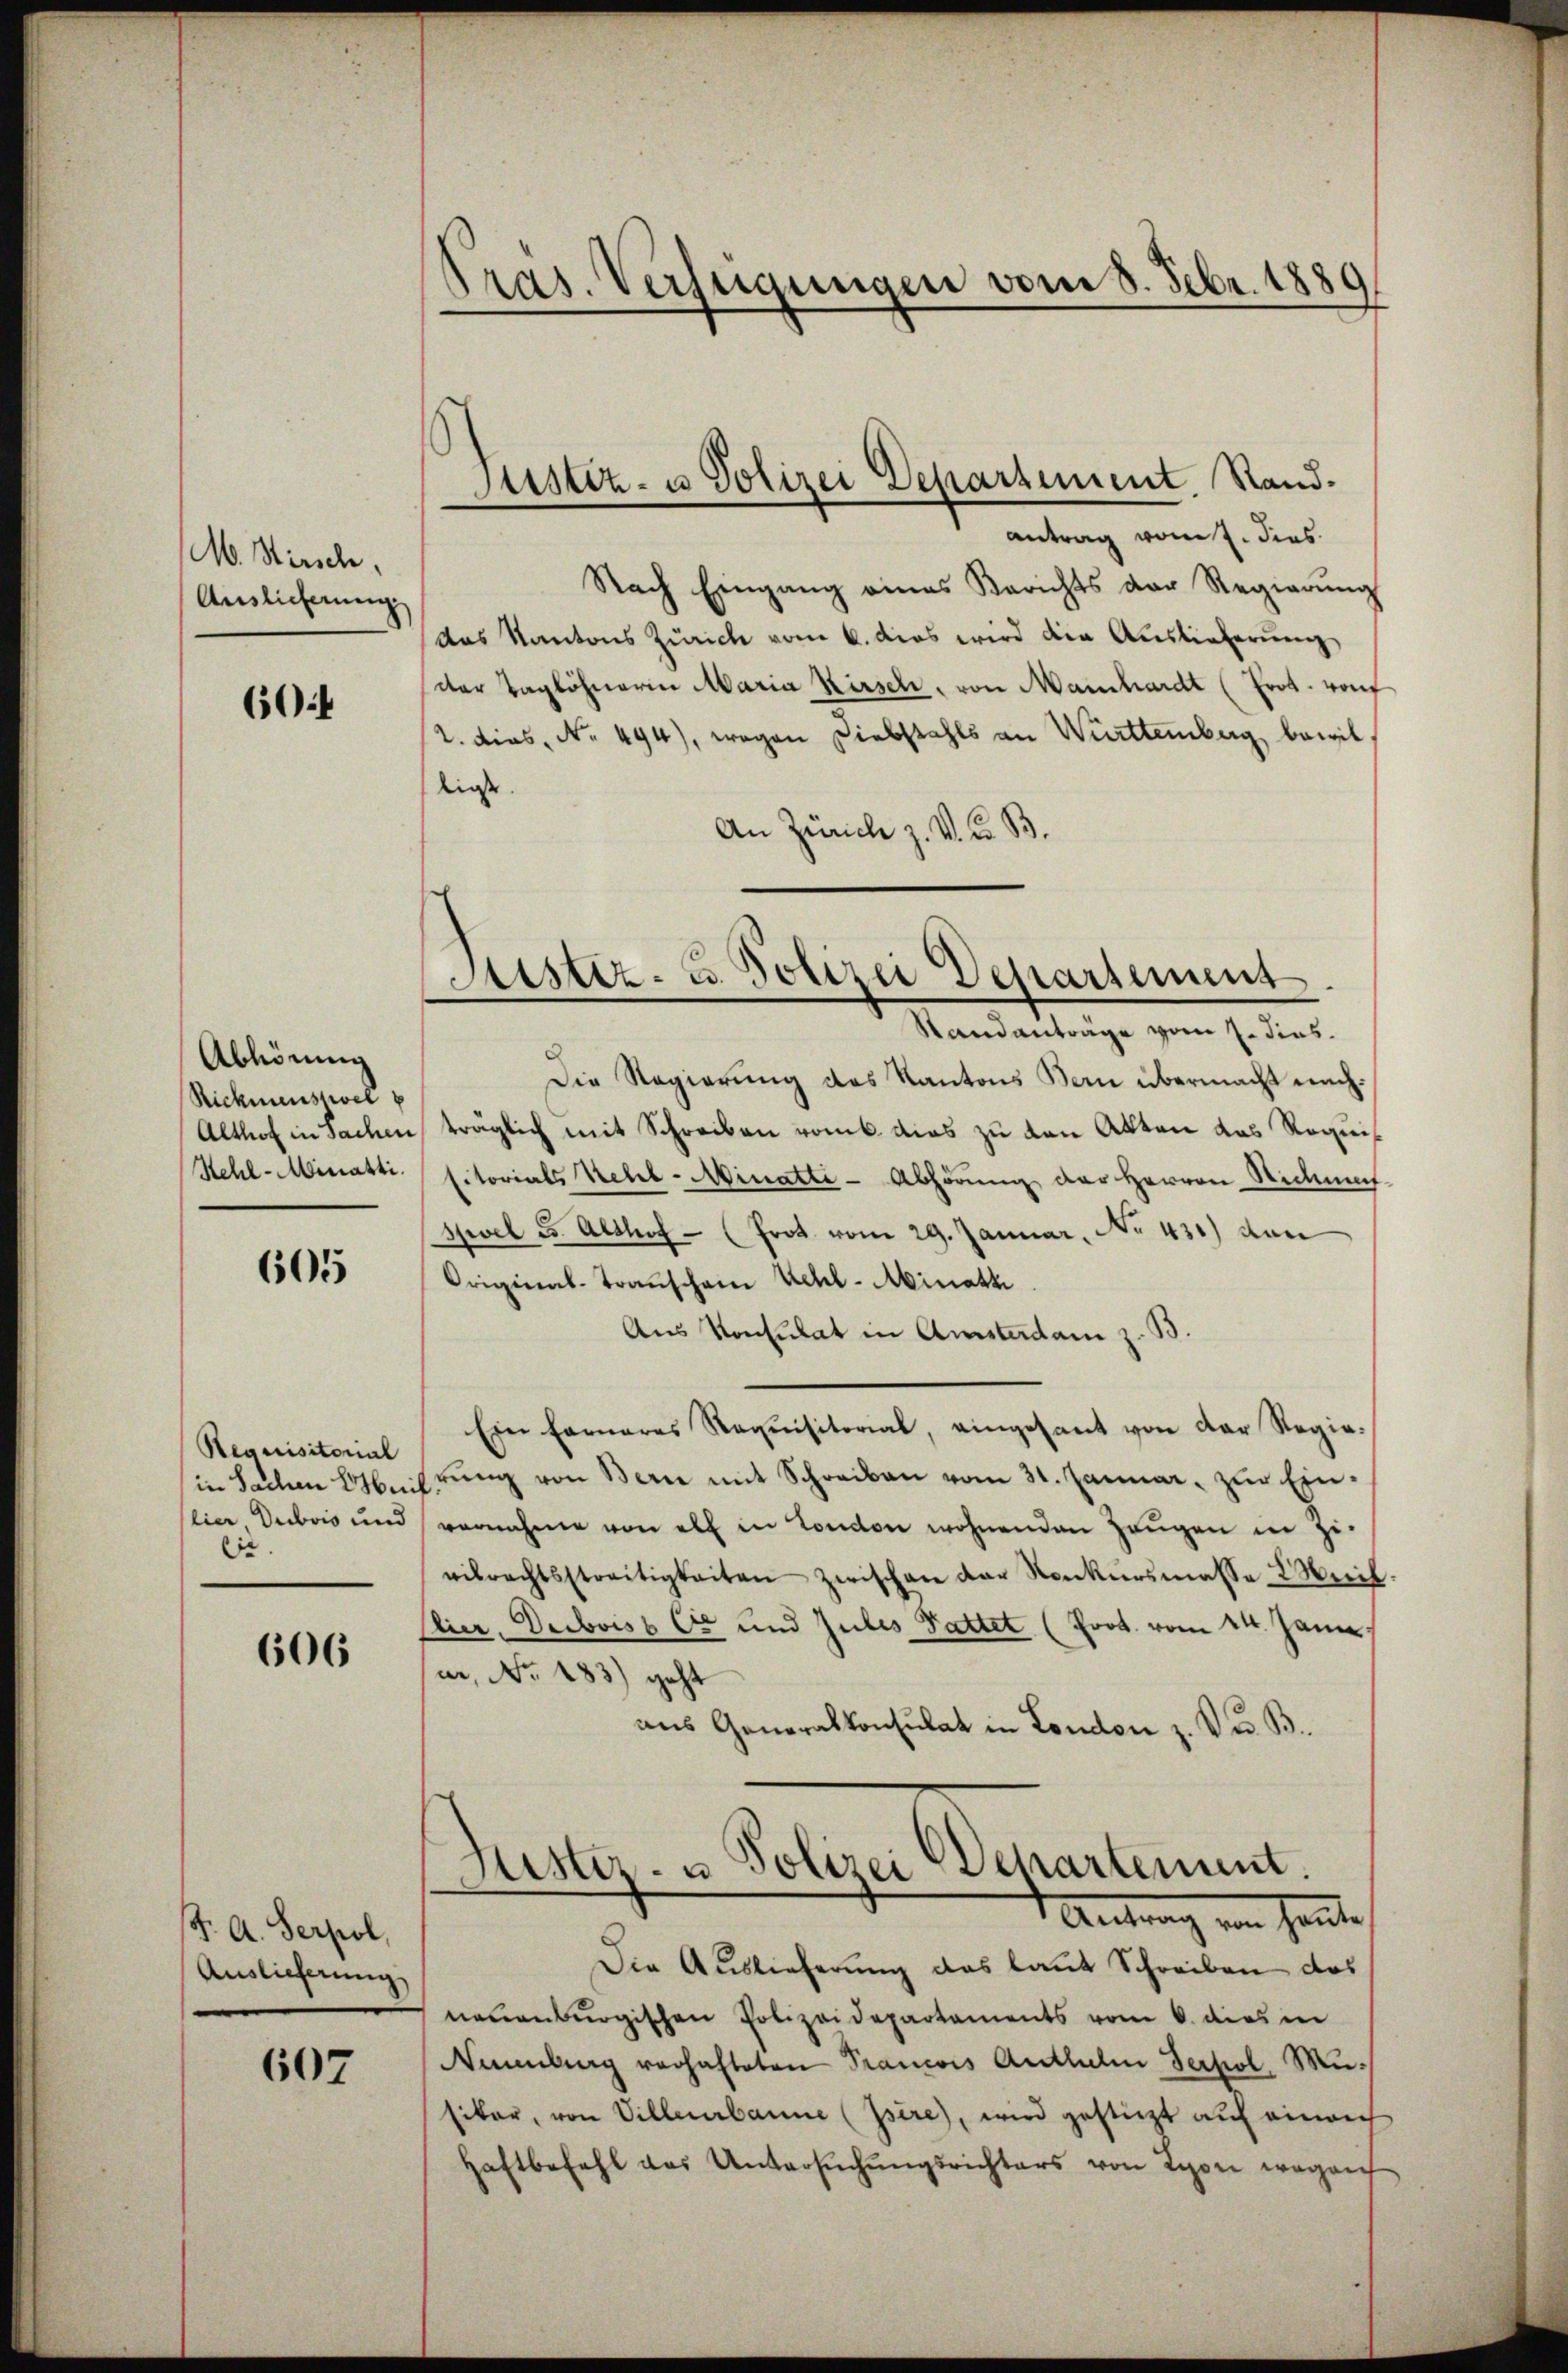
M. Hirsch
Auslieferung

60

Abhörung
Rickmannszwel p
Kehl-Miniatti.

605

Requisitorial
in Sachen Her
lier, Dubois und
62.

606

K. A. Serpol
Auslieferung

607

Gras. Verfügungen vom 8. Febr. 1889

Justiz- u Polizei Departement. Stand¬

antrag vom 7. dies
Nach Eingang eines Berichts der Regierŭng
das Kantons Zürich vom 6. das wird der Auslieferŭng
dter Taglöhnerin Maria Kirsch, von Mainhardt (Erot. von
2. dies, No. 494), wegen Diebstahls an Württemberg bewilliess.
An Zürich z. V. u. B.
Standanträge vom 7. dies
Die Regierung des Kantons Bern übermacht nach¬
Althof in Sachen, träglich mit Schreiben romb. dies zu den Akten das Requis
sitorials Nebel - Minatti-Abhörung der Herren Sichmat
spiel es. Althof - (Prot. vom 29. Januar, No 431) den
Original-Transchein Kehl - Minath
Aus Konsulat in Amsterdam z. B.
Ein Farneres Requisitorial, eingesant von der Regie-
rŭng von Berne mit Schreiben vom 31. Januar, zur Ein-
vernahme von all in London wohnenden Zeŭgen in Zi-
eibrechtsstreitigkeiten zwischen der Konkursmasse 2 Weil
Clier, Deiboiss. Ce und Zules Sattet (Poot. vom 14. Jann
a, No. 183) geht
aus Generalkonsulat in London z. Du B.
Justiz- u Polizei Departement.
Antrag von heute
Die Auslieferung das laut Schreiben das
neuenburgischen Polizeidepartaments vom 6. dies in
Namburg vorhafteten Prancois Anthalen Terpol. Musiker, von Villeurbanne (Isère), wird gestützt auf einen
Haftbefahl das Untersŭchŭngsrichters von Lyon wegen

Sistiz- u. Polizei Departement.